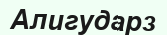
Алигударз